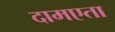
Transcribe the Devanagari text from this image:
दामएता